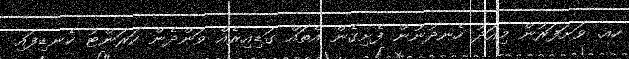
ހއ. ވަށަފަރުން މިއަދު ހެނދުނުން ފެށިގެން އެތައް ގަޑިއިރެއް ވަންދެން ކަރަންޓު ކެނޑިފައި